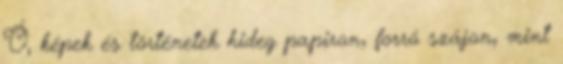
Ó, képek és történetek hideg papiron, forró szájon, mint